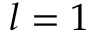
l = 1